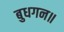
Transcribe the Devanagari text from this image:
बुधगन॥